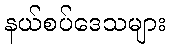
နယ်စပ်ဒေသများ